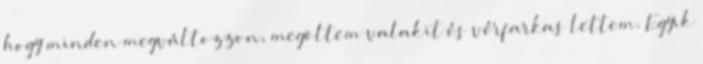
hogy minden megváltozzon, megöltem valakit és vérfarkas lettem. Egyik